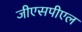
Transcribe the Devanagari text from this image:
जीएसपीएल